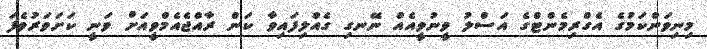
މިނިވަންކަމުގެ އެގްރިމެންޓްގެ އަސްލު ވީނުވީއެއް ނޭނގި ގެއްލިފައިވާ ކަން ރާއްޖެއެމްވީއަށް ވަނީ ކަށަވަރުވެފަ